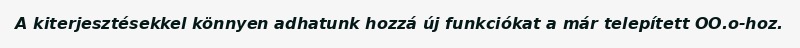
A kiterjesztésekkel könnyen adhatunk hozzá új funkciókat a már telepített OO.o-hoz.